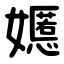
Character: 嬺